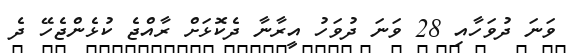
ވަނަ ދުވަހާއި 28 ވަނަ ދުވަހު އީރާނާ ދެކޮޅަށް ރާއްޖެ ކުޅެންޖެހޭ ދެ